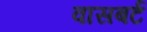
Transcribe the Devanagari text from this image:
वासबर्ट